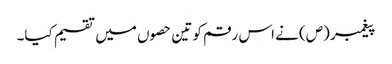
پیغمبر (ص) نے اس رقم کو تین حصوں میں تقسیم کیا۔